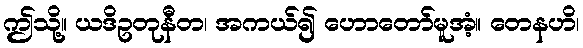
ဤသို့။ ယဒိဥတုနီတ၊ အကယ်၍ ဟောတော်မူအံ့။ တေနဟိ၊